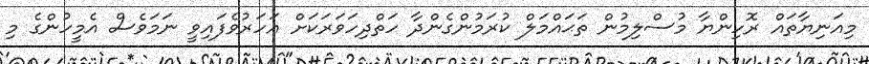
މިއަނިޔާތައް ރޮހިންޔާ މުސްލިމުން ތަޙައްމަލް ކުރަމުންގެންދާ ހަތްދިހަވަރަކަށް އަހަރުވެފައިވީ ނަމަވެސް އެމީހުންގެ މި